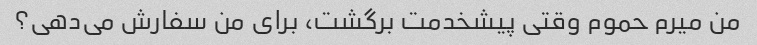
من میرم حموم وقتی پیشخدمت برگشت، برای من سفارش می‌دهی؟